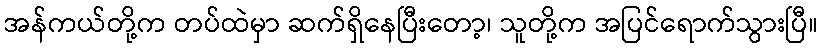
အန်ကယ်တို့က တပ်ထဲမှာ ဆက်ရှိနေပြီးတော့၊ သူတို့က အပြင်ရောက်သွားပြီ။